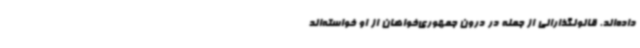
داده‌اند. قانونگذارانی از جمله در درون جمهوری‌خواهان از او خواسته‌اند